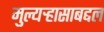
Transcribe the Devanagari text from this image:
मुल्यऱ्हासाबद्दल